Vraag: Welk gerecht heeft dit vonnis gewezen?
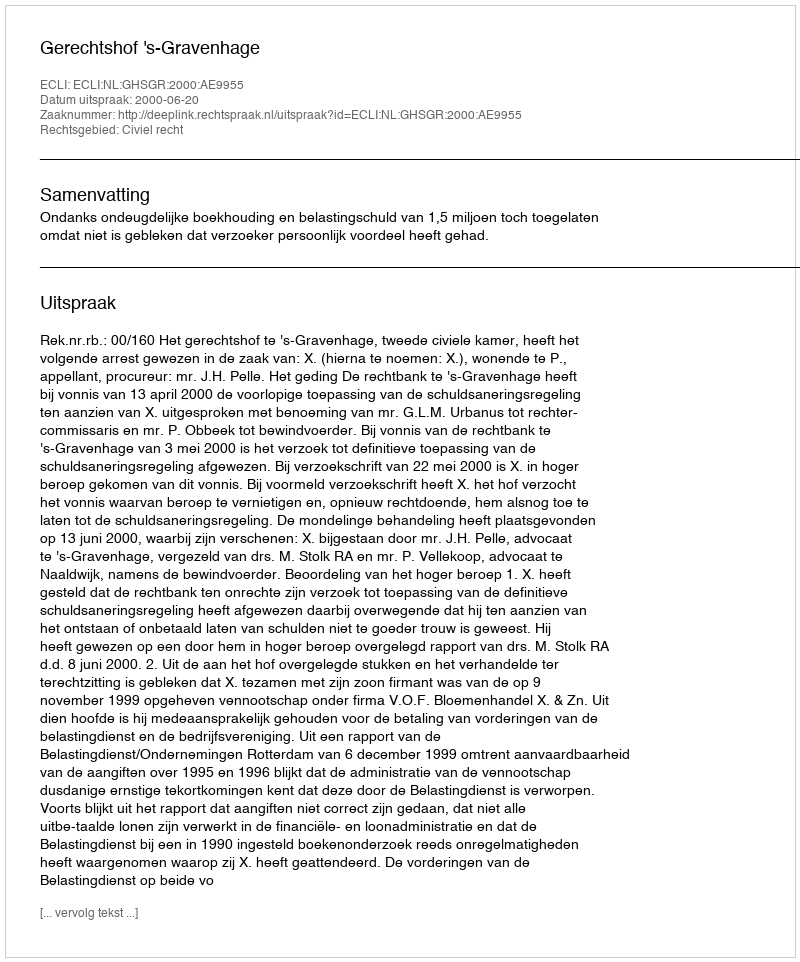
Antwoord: Gerechtshof 's-Gravenhage